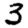
Digit: 3